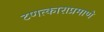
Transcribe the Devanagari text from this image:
टणत्काराप्रमाणे